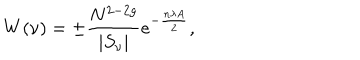
W ( \nu ) = \pm \frac { N ^ { 2 - 2 g } } { | S _ { \nu } | } e ^ { - \frac { n \lambda A } { 2 } } ,